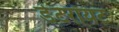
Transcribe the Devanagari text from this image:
डेटरॉयट